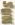
sun